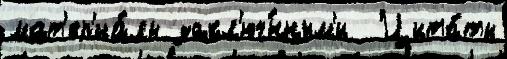
мат'ер'иа́лы закл'юч́нным'и  Цита́ты